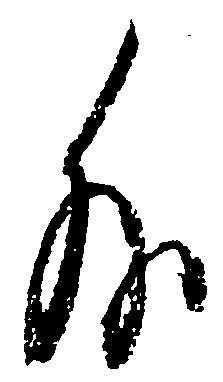
外